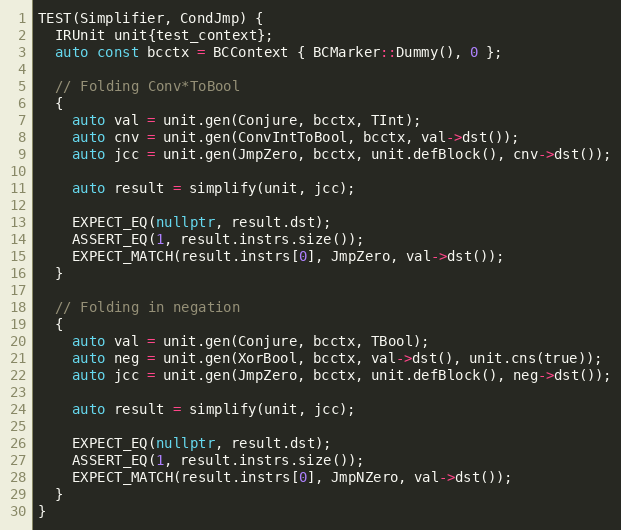
Language: C++
TEST(Simplifier, CondJmp) {
  IRUnit unit{test_context};
  auto const bcctx = BCContext { BCMarker::Dummy(), 0 };

  // Folding Conv*ToBool
  {
    auto val = unit.gen(Conjure, bcctx, TInt);
    auto cnv = unit.gen(ConvIntToBool, bcctx, val->dst());
    auto jcc = unit.gen(JmpZero, bcctx, unit.defBlock(), cnv->dst());

    auto result = simplify(unit, jcc);

    EXPECT_EQ(nullptr, result.dst);
    ASSERT_EQ(1, result.instrs.size());
    EXPECT_MATCH(result.instrs[0], JmpZero, val->dst());
  }

  // Folding in negation
  {
    auto val = unit.gen(Conjure, bcctx, TBool);
    auto neg = unit.gen(XorBool, bcctx, val->dst(), unit.cns(true));
    auto jcc = unit.gen(JmpZero, bcctx, unit.defBlock(), neg->dst());

    auto result = simplify(unit, jcc);

    EXPECT_EQ(nullptr, result.dst);
    ASSERT_EQ(1, result.instrs.size());
    EXPECT_MATCH(result.instrs[0], JmpNZero, val->dst());
  }
}